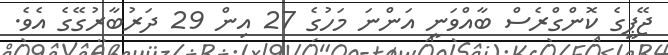
ޖޭޕީގެ ކޮންގްރެސް ބާއްވަނީ އަންނަ މަހުގެ 27 އިން 29 ދަރުބާރުގޭގެ އެވެ.